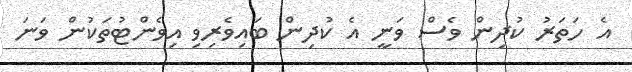
އެ ހަތަރު ކުދިން ވެސް ވަނީ އެ ކުދިން ބައިވެރިވި އިވެންޓުތަކުން ވަނަ